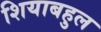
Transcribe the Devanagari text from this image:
शियाबहुल